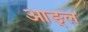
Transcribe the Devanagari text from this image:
आङ्ल